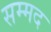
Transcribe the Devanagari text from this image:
सम्मद